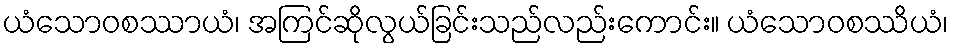
ယံသောဝစဿာယံ၊ အကြင်ဆိုလွယ်ခြင်းသည်လည်းကောင်း။ ယံသောဝစဿိယံ၊